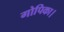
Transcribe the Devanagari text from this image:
गोपिका।